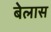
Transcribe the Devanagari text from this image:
बेलास